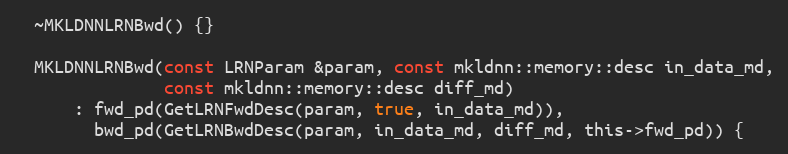
Language: C
  ~MKLDNNLRNBwd() {}

  MKLDNNLRNBwd(const LRNParam &param, const mkldnn::memory::desc in_data_md,
               const mkldnn::memory::desc diff_md)
      : fwd_pd(GetLRNFwdDesc(param, true, in_data_md)),
        bwd_pd(GetLRNBwdDesc(param, in_data_md, diff_md, this->fwd_pd)) {